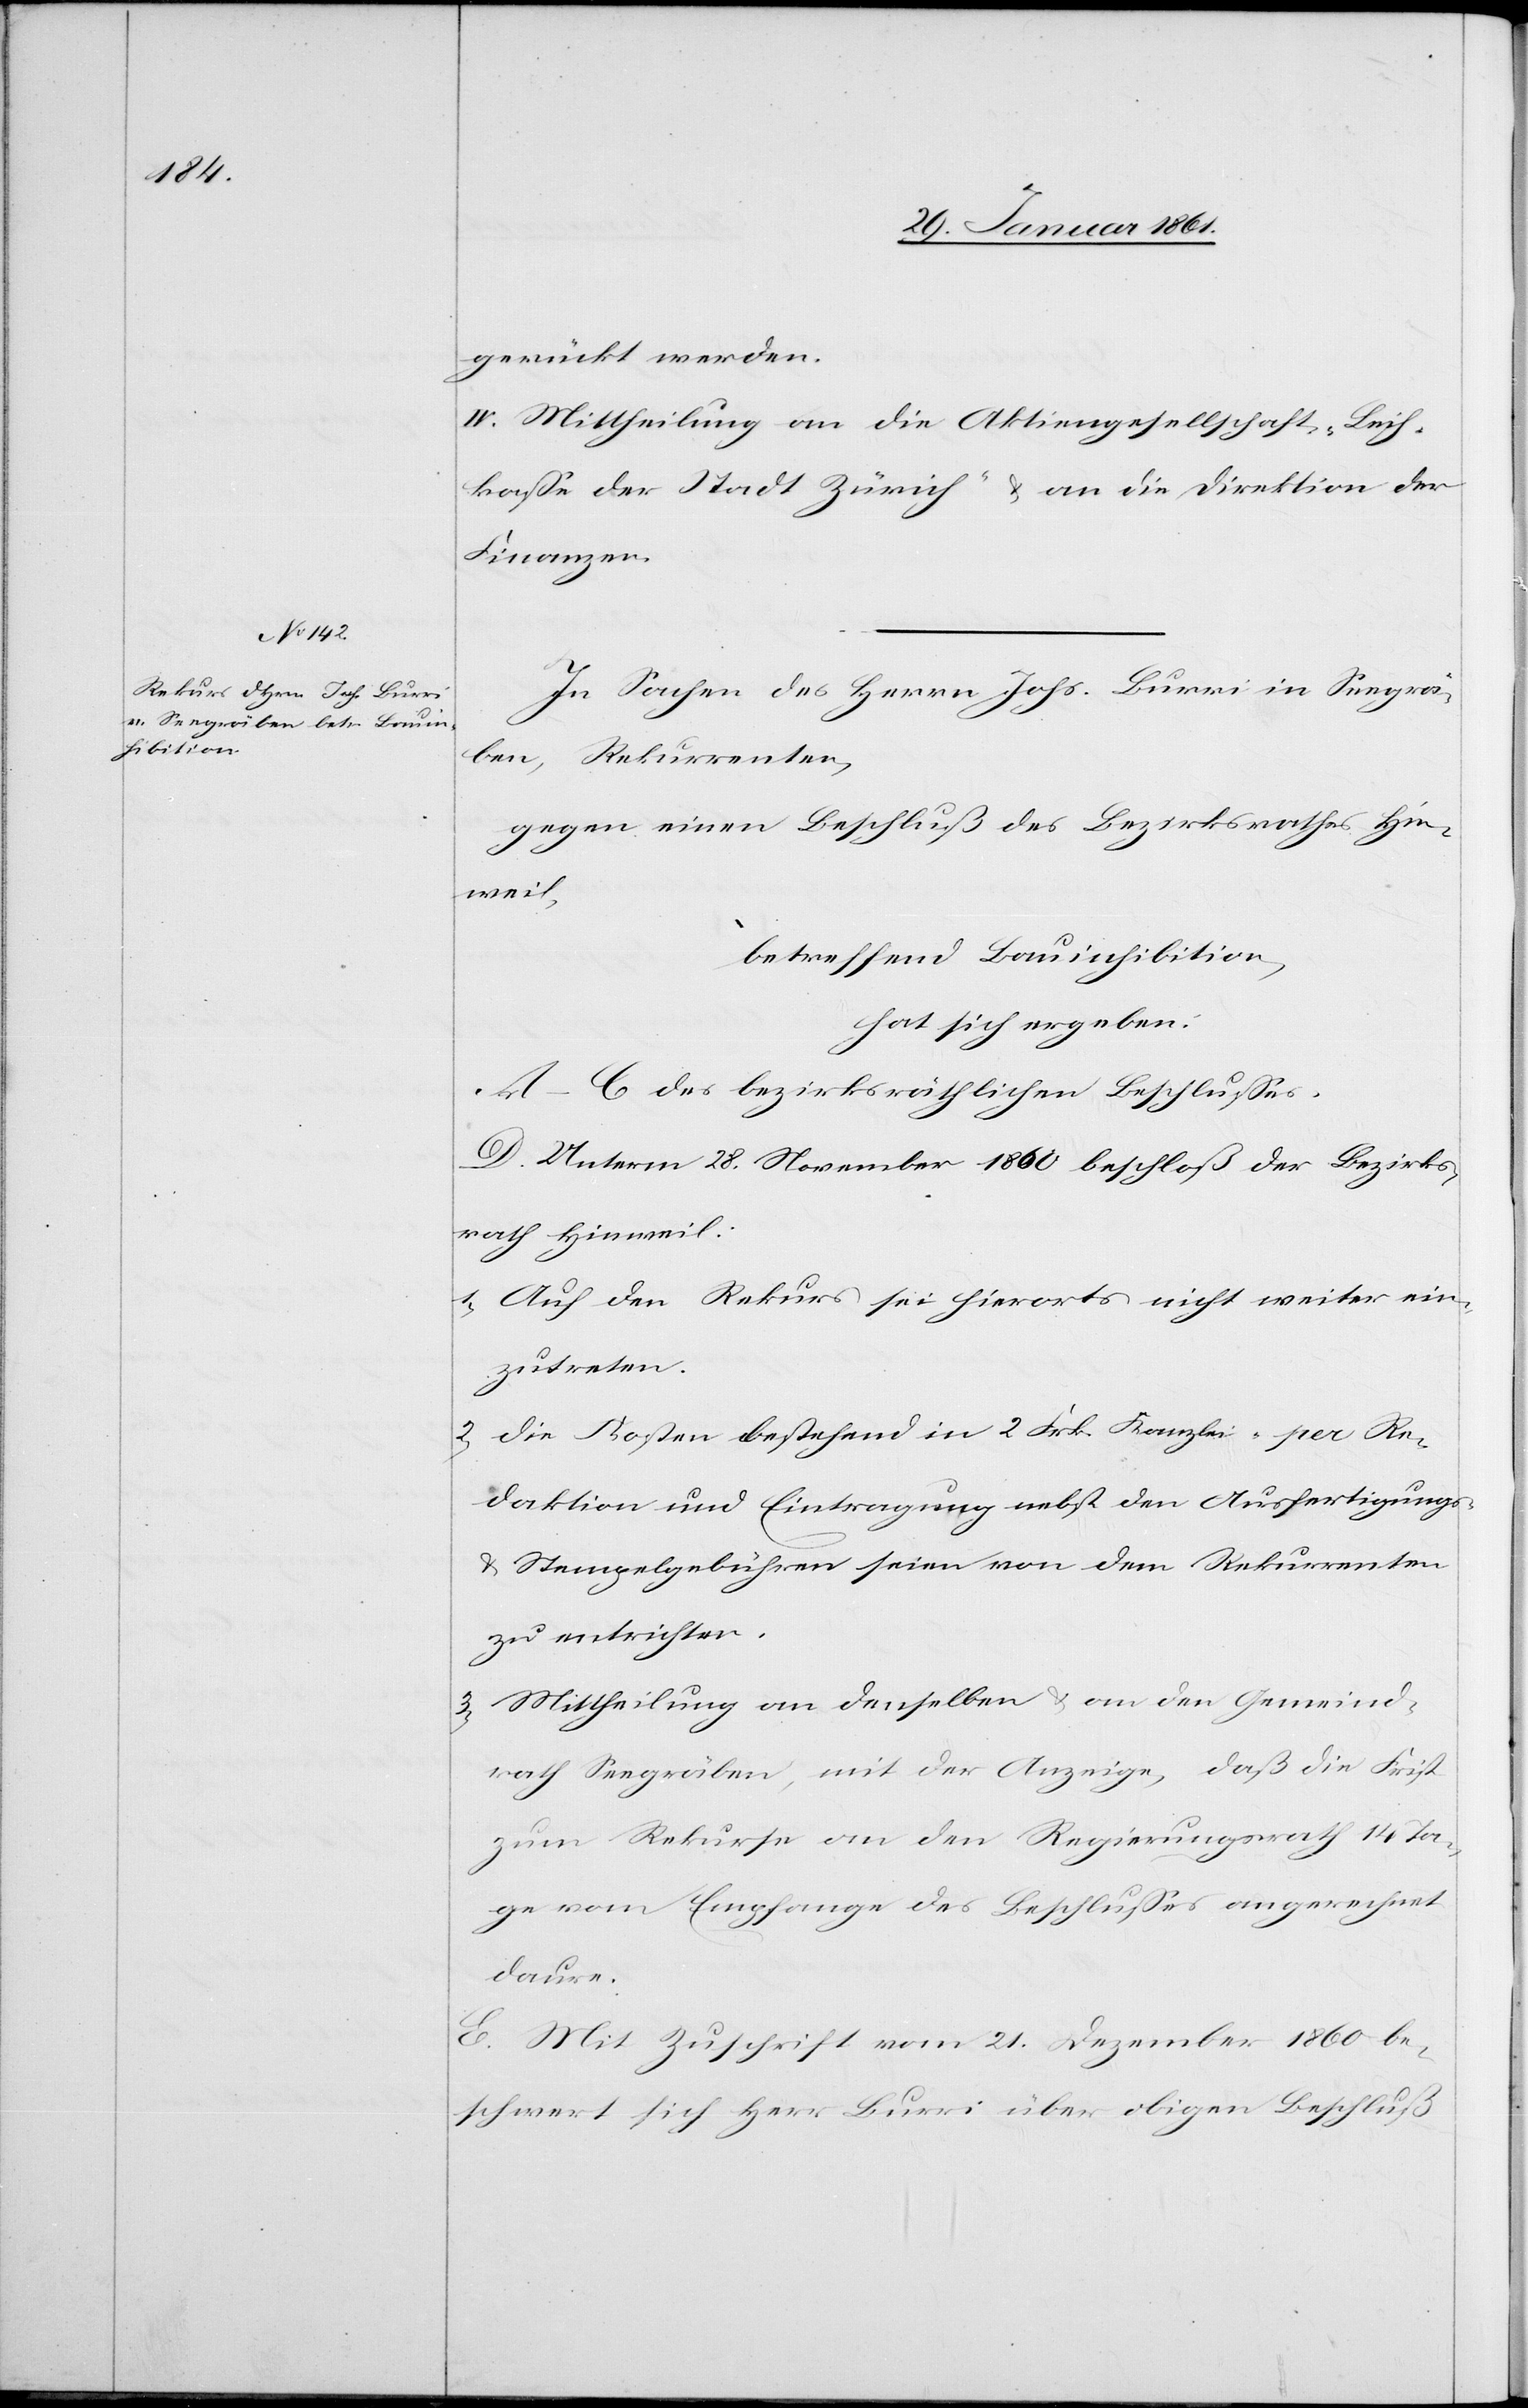
gerückt werden.
IV. Mittheilung an die Aktiengesellschaft „Leih¬
kasse der Stadt Zürich“ u. an die Direktion der
Finanzen.
In Sachen des Herrn Johs. Burri in Seegrä¬
ben, Rekurrenten,
gegen einen Beschluß des Bezirksrathes Hin¬
weil,
betreffend Bauinhibition,
hat sich ergeben:
A–C des bezirksräthlichen Beschlusses.
D. Unterm 28. November 1860 beschloß der Bezirks¬
rath Hinweil:
1) Auf den Rekurs sei hieorts nicht weiter ein¬
zutreten.
Die Kosten bestehend in 2 Frk. Kanzlei- per Re¬
daktion und Eintragung nebst den Ausfertigungs-
u. Stempelgebühren seien von dem Rekurrenten
zu entrichten.
3) Mittheilung an denselben u. an den Gemeind¬
rath Seegräben, mit der Anzeige, daß die Frist
zum Rekurse an den Regierungsrath 14 Ta¬
ge vom Empfange des Beschlusses angerechnet
daure.
E. Mit Zuschrift vom 21. Dezember 1860 be¬
schwert sich Herr Burri über obigen Beschluß